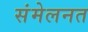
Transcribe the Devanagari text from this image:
संमेलनत